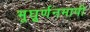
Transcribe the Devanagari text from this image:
भूघूर्णनमापी